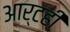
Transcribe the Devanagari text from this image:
आर्टही